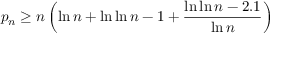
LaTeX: p _ { n } \geq n \left( \ln n + \ln \ln n - 1 + { \frac { \ln \ln n - 2 . 1 } { \ln n } } \right)